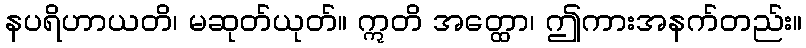
နပရိဟာယတိ၊ မဆုတ်ယုတ်။ ဣတိ အတ္ထော၊ ဤကားအနက်တည်း။